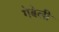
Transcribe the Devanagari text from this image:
गेबेली